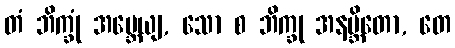
တံ ဘိက္ခုံ အဗ္ဘေယျ, သော စ ဘိက္ခု အနဗ္ဘိတော, တေ